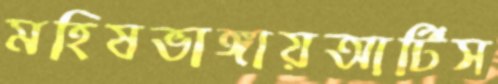
মহিষভাঙ্গায়আর্টিস